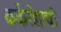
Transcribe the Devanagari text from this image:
कर्करोग़ाची